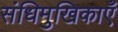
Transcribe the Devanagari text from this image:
संधिमुखिकाएँ